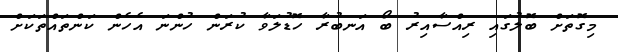
މިގޮތަށް ބޮލުގައި ރިއްސާއިރު ބޯ އަނބުރާ ހޮޑުލަވާ ކުރަން ހުންނަ އެހެން ކަންތައްތަކަށް